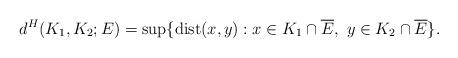
LaTeX: \begin{align*}d^{H}(K_1, K_2;E) = \sup\{{\rm dist}(x,y) : x\in K_1\cap \overline{E},\,\, y\in K_{2}\cap \overline{E}\}.\end{align*}